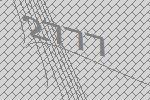
2777